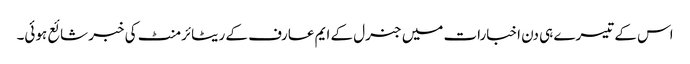
اس کے تیسرے ہی دن اخبارات میں جنرل کے ایم عارف کے ریٹائرمنٹ کی خبر شائع ہوئی۔